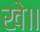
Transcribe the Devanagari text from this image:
खे॥